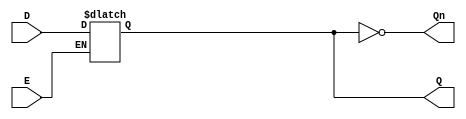
module async_gated_latch (
    input wire D,      // Data Input
    input wire E,      // Enable/Control Signal
    output reg Q,      // Output
    output wire Qn     // Inverted Output (Q')
);

// Asynchronous behavior using always block
always @* begin
    if (E) begin
        Q = D;        // When E is HIGH, Q follows D
    end
    // When E is LOW, Q retains its state by not modifying it
end

assign Qn = ~Q;        // Inverted output

endmodule